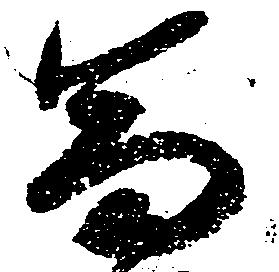
富